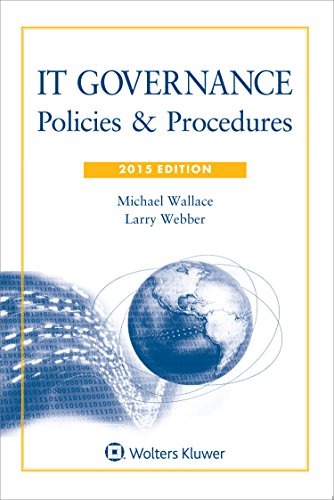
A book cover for IT Governance: Policies and Procedures with CD; Michael Wallace; Law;